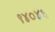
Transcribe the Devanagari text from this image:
९४०४६